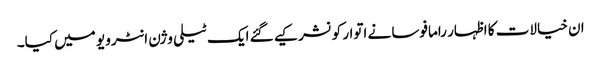
ان خیالات کا اظہار رامافوسا نے اتوار کو نشر کیے گئے ایک ٹیلی وژن انٹرویو میں کیا۔